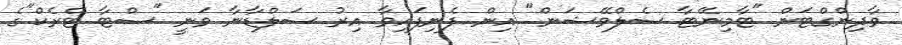
ވާދިންގްޓަން "ޓާމިނޭޓާ ސެލްވޭޝަން" އިން ފެނިފައިވާ އިރު ސަލްޑާނާ ވަނީ "ސްޓާ ޓްރެކް"ގެ